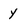
Character: y